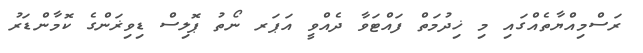
ރަސްމިއްޔާތެއްގައި މި ޚިދުމަތް ފައްޓަވާ ދެއްވީ އަޕަރ ނޯތު ޕޮލިސް ޑިވިޜަންގެ ކޮމާންޑަރު